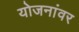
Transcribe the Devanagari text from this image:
योजनांवर